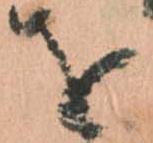
を